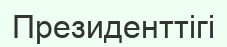
Президенттігі